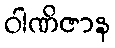
ဝါဏိဇာန